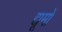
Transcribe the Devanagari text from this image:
द्यूमों